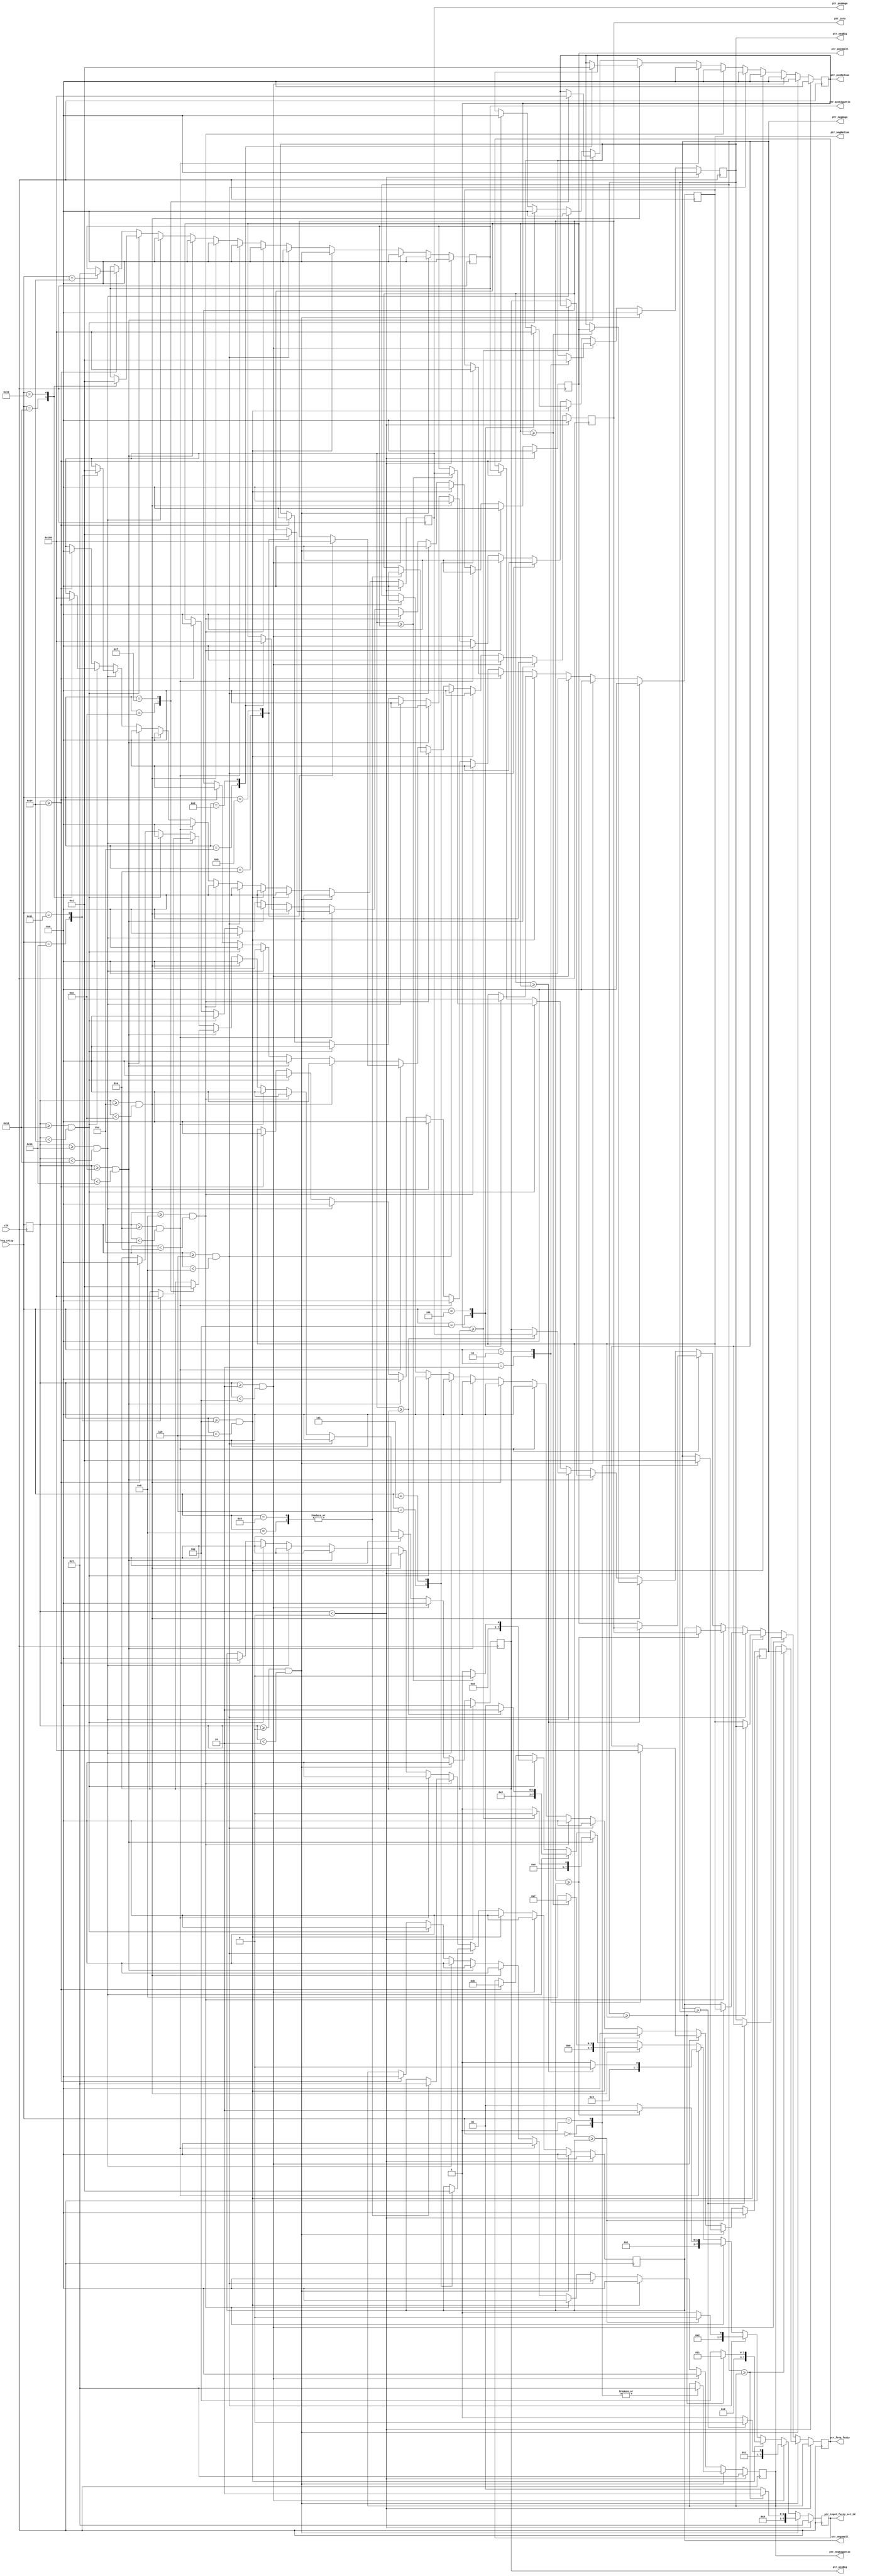
`timescale 1ns / 1ps
//////////////////////////////////////////////////////////////////////////////////
//////////////////////////////////////////////////////////////////////////////////


`timescale 1ns / 1ps
//////////////////////////////////////////////////////////////////////////////////
// Original Create Date: 06/25/2019 06:38:27 AM
// Module:  Fuzzification.v
//////////////////////////////////////////////////////////////////////////////////

/* 
Variables that represent membership function are of the following form:
Input fuzzy set membership function: memi_<fuzzy_set>
Ouptut fuzzy set memebership funciton: memo_<fuzzy_set>

Integer Code		Representation		Fuzzy Sets

 [1]		negGigantic:			Negative Gigantic
 [2]		negHuge:				Negative Huge
 [3]		negBig:					Negative Big
 [4]		negMedium:				Negative Medium
 [5]		negSmall:				Legative Small
 [6]		zero:					Zero
 [7]		posSmall:				Positive Small
 [8]		posMedium:				Positive Medium
 [9]		posBig:					Positive Big
 [10]		posHuge:				Positive Huge
 [11]		posGigantic:			Positive Gigantic
 
 */

module fuzzification(
    input clk,
    input [7:0] freq_crisp, 
    output [7:0] ptr_freq_fuzzy, 
    output [7:0] ptr_input_fuzzy_set_id, 
    output [7:0] ptr_negGigantic, 
    output [7:0] ptr_negHuge, 
    output [7:0] ptr_negBig, 
    output [7:0] ptr_negMedium, 
    output [7:0] ptr_negSmall, 
	output [7:0] ptr_zero, 
	output [7:0] ptr_posSmall, 
	output [7:0] ptr_posMedium, 
	output [7:0] ptr_posBig, 
	output [7:0] ptr_posHuge, 
	output [7:0] ptr_posGigantic 
    );
    
    reg [7:0] int_freq_fuzzy;
    reg [7:0] int_input_fuzzy_set_id; 
    reg [7:0] int_negGigantic;
    reg [7:0] int_negHuge; 
    reg [7:0] int_negBig;
    reg [7:0] int_negMedium; 
    reg [7:0] int_negSmall; 
	reg [7:0] int_zero; 
	reg [7:0] int_posSmall; 
	reg [7:0] int_posMedium; 
	reg [7:0] int_posBig; 
	reg [7:0] int_posHuge; 
	reg [7:0] int_posGigantic; 
    
    
    parameter zero_ebit =     8'b00000000;
    parameter one_ebit =      8'b00000001;
    parameter two_ebit =      8'b00000010;
    parameter three_ebit =    8'b00000011;
    parameter four_ebit =     8'b00000100;
    parameter five_ebit =     8'b00000101;
    parameter six_ebit =      8'b00000110;
    parameter seven_ebit =    8'b00000111;
    parameter eight_ebit =    8'b00001000;
    parameter nine_ebit =     8'b00001001;
    parameter ten_ebit =      8'b00001010;
    parameter eleven_ebit =   8'b00001011;
    parameter twelve_ebit =   8'b00001100;
    parameter thirteen_ebit = 8'b00001101;
    parameter fourteen_ebit = 8'b00001110;
    parameter fifteen_ebit =  8'b00001111;
    parameter sixteen_ebit =  8'b00010000;
    parameter seventeen_ebit =8'b00010001;
    parameter eighteen_ebit = 8'b00010010;
    parameter nineteen_ebit = 8'b00010011;
    parameter twenty_ebit =   8'b00010100;
    
    /* Internal register to hold the crisp value of frequency  */
    reg [7:0] int_freq_crisp;
    
    always@ (posedge clk) begin
        int_freq_crisp <= freq_crisp;
        
        if (int_freq_crisp < zero_ebit) begin
            int_negGigantic <= one_ebit;
            
            /* Identifying the selected fuzzy set */
            int_input_fuzzy_set_id <= one_ebit;
            
            /* The input to rule base is calculated with MAX rule, direct assignment works as only one value exists */
            int_freq_fuzzy <= int_negGigantic;
            
            /* Set everything else to zero */
            int_negHuge <=     8'b00000000;
		    int_negBig <=      8'b00000000;
		    int_negMedium <=   8'b00000000;
		    int_negSmall <=    8'b00000000;
		    int_zero <=        8'b00000000;
		    int_posSmall <=    8'b00000000;
		    int_posMedium <=   8'b00000000;
		    int_posBig <=      8'b00000000;
		    int_posHuge <=     8'b00000000;
		    int_posGigantic <= 8'b00000000;
		    
            
        end else if ((int_freq_crisp >= zero_ebit) && (int_freq_crisp < two_ebit)) begin
            //int_negHuge <= freq_crisp  /* / two_ebit */;
            //int_negGigantic <= (two_ebit - int_freq_crisp) /* / two_ebit */;
            /* Instead of a division algorithm, a division by 2 LUT is created below. */
            case (freq_crisp)
                zero_ebit: begin
                                int_negHuge <= zero_ebit;       /*   0   / 2 = 0 */
                                int_negGigantic <= one_ebit;    /* (2-0) / 2 = 1 */
                           end
                one_ebit:  begin
                                int_negHuge <= one_ebit;     /* 1 / 2 = 1 */
                                int_negGigantic <= one_ebit;    /* (2-1) / 2 = 1 */
                           end
            endcase
            
            if (int_negHuge >= int_negGigantic) begin
                int_freq_fuzzy <= int_negHuge;
                int_input_fuzzy_set_id <= two_ebit;
            end else begin
                int_freq_fuzzy <= int_negGigantic;
                int_input_fuzzy_set_id <= one_ebit;
            end
            
            /* Set everything else to zero */
            int_negBig <=      8'b00000000;
		    int_negMedium <=   8'b00000000;
		    int_negSmall <=    8'b00000000;
		    int_zero <=        8'b00000000;
		    int_posSmall <=    8'b00000000;
		    int_posMedium <=   8'b00000000;
		    int_posBig <=      8'b00000000;
		    int_posHuge <=     8'b00000000;
		    int_posGigantic <= 8'b00000000;
		    
        end else if ((int_freq_crisp >= two_ebit) && (int_freq_crisp < four_ebit)) begin
            case (freq_crisp)
                two_ebit: begin
                                    /* int_negHuge <= (four_ebit - int_freq_crisp) / two_ebit ; */
                                    int_negHuge <= one_ebit;       /*   (4 - 2)  / 2 = 1 */
                                    
                                    /* int_negBig <=  (int_freq_crisp - two_ebit) / two_ebit ; */
                                    int_negBig <= zero_ebit;    /* (2 - 2) / 2 = 0 */
                           end
                three_ebit:  begin
                                    /* int_negHuge <= (four_ebit - int_freq_crisp) / two_ebit ; */
                                    int_negHuge <= zero_ebit;       /*   (4 - 3)  / 2 = 1 */
                                    
                                    /* int_negBig <=  (int_freq_crisp - two_ebit) / two_ebit ; */
                                    int_negBig <= one_ebit;    /* (3 - 2) / 2 = 0 */
                           end
            endcase
            
            if (int_negHuge >= int_negBig) begin
                int_freq_fuzzy <= int_negHuge;
                int_input_fuzzy_set_id <= two_ebit;
            end else begin
                int_freq_fuzzy <= int_negBig;
                int_input_fuzzy_set_id <= three_ebit;
            end
            
            /* Set everything else to zero */ 
            int_negGigantic <= 8'b00000000;
		    int_negMedium <=   8'b00000000;
		    int_negSmall <=    8'b00000000;
		    int_zero <=        8'b00000000;
		    int_posSmall <=    8'b00000000;
		    int_posMedium <=   8'b00000000;
		    int_posBig <=      8'b00000000;
		    int_posHuge <=     8'b00000000;
		    int_posGigantic <= 8'b00000000;
            
        end else if ((int_freq_crisp >= four_ebit) && (int_freq_crisp < six_ebit)) begin
        
            case (freq_crisp)
                four_ebit: begin
                                    /* int_negBig <= (six_ebit - int_freq_crisp) / two_ebit; */
                                    int_negBig <= one_ebit;       /*   (6 - 4)  / 2 = 1 (44 Hz should be negative big with 1 membership value) */
                                    
                                    /* int_negMedium <= (int_freq_crisp - 4) / two_ebit; */
                                    int_negMedium <= zero_ebit;    /* (4 - 2) / 2 = 1  (44 Hz should be negative medium with 0 membership value) */
                           end
                five_ebit:  begin
                                    /* int_negBig <= (six_ebit - int_freq_crisp) / two_ebit; */
                                    int_negBig <= zero_ebit;       /*   (6 - 5)  / 2 = 0.5 (45 Hz should be negative Big with 0 membership value) */
                                    
                                    /* int_negMedium <= (int_freq_crisp - 4) / two_ebit; */
                                    int_negMedium <= one_ebit;    /* (5 - 4) / 2 = 0.5 (44 Hz should be negative medium with 1 membership value) */
                           end
            endcase
            
            /* Selecting the maximum value */
            if (int_negBig >= int_negMedium) begin
                int_freq_fuzzy <= int_negBig;
                int_input_fuzzy_set_id <= three_ebit;
            end else begin
                int_freq_fuzzy <= int_negMedium;
                int_input_fuzzy_set_id <= four_ebit;
            end
            
            /* Set everything else to zero */
		    int_negGigantic <= 8'b00000000;
		    int_negHuge <=     8'b00000000;
		    int_negSmall <=    8'b00000000;
		    int_zero <=        8'b00000000;
		    int_posSmall <=    8'b00000000;
		    int_posMedium <=   8'b00000000;
		    int_posBig <=      8'b00000000;
		    int_posHuge <=     8'b00000000;
		    int_posGigantic <= 8'b00000000;
            
        end else if ((int_freq_crisp >= six_ebit) && (int_freq_crisp < eight_ebit)) begin
            
            case (freq_crisp)
                six_ebit: begin
                                    /* int_negMedium <= (six_ebit - int_freq_crisp) / two_ebit; */
                                    int_negMedium <= one_ebit;       /*   (6 - 6)  / 2 = 1 (46 Hz should be negative medium with 1 membership value) */
                                    
                                    /* int_negSmall <= (int_freq_crisp - six_ebit) / two_ebit; */
                                    int_negSmall <= zero_ebit;    /* (4 - 2) / 2 = 1  (46 Hz should be negative Small with 0 membership value) */
                           end
                seven_ebit:  begin
                                    /* int_negMedium <= (six_ebit - int_freq_crisp) / two_ebit; */
                                    int_negMedium <= zero_ebit;       /*   (6 - 7)  / 2 = 1 (47 Hz should be negative big with 0 membership value) */
                                    
                                    /* int_negSmall <= (int_freq_crisp - six_ebit) / two_ebit; */
                                    int_negSmall <= one_ebit;    /* (7 - 6) / 2 = 1  (47 Hz should be negative medium with 1 membership value) */
                           end
            endcase
        
            /* Selecting the maximum value */
		    if (int_negMedium >= int_negSmall) begin
			     int_freq_fuzzy <= int_negMedium;
			     int_input_fuzzy_set_id <= four_ebit;
		    end else begin
			     int_freq_fuzzy <= int_negSmall;
			     int_input_fuzzy_set_id <= five_ebit;
		    end


		    /* Set everything else to zero */
		    int_negGigantic <= 8'b00000000;
		    int_negHuge <=     8'b00000000;
		    int_negBig <=      8'b00000000;
		    int_zero <=        8'b00000000;
		    int_posSmall <=    8'b00000000;
		    int_posMedium <=   8'b00000000;
		    int_posBig <=      8'b00000000;
		    int_posHuge <=     8'b00000000;
	       	int_posGigantic <= 8'b00000000;
	       	
        end else if ((int_freq_crisp >= eight_ebit) && (int_freq_crisp < ten_ebit)) begin
            
            case (freq_crisp)
                eight_ebit: begin
                                    /* int_zero <= (int_freq_crisp - eight_ebit) / two_ebit; */
                                    int_zero <= zero_ebit;       /*   (8 - 8)  / 2 = 0 (48 Hz should be zero with 0 membership value) */
                                    
                                    /* int_negSmall <= (ten_ebit - int_freq_crisp) / two_ebit; */
                                    int_negSmall <= one_ebit;    /* (10 - 8) / 2 = 1  (48 Hz should be negative Small with 1 membership value) */
                           end
                nine_ebit:  begin
                                    /* int_zero <= (int_freq_crisp - eight_ebit) / two_ebit; */
                                    int_zero <= zero_ebit;       /*   (9 - 8)  / 2 = 1 (49 Hz should be negative medium with 0 membership value) */
                                    
                                    /* int_negSmall <= (ten_ebit - int_freq_crisp) / two_ebit; */
                                    int_negSmall <= one_ebit;    /* (10 - 9) / 2 = 1  (49 Hz should be negative Small with 0.5 membership value) */
                           end
            endcase
            
		    /* Selecting the maximum value */
		    if (int_zero >= int_negSmall) begin
			     int_freq_fuzzy <= int_zero;
			     int_input_fuzzy_set_id <= six_ebit;
		    end else begin
			     int_freq_fuzzy <= int_negSmall;
			     int_input_fuzzy_set_id <= five_ebit;
		    end


		    /* Set everything else to zero */
		    int_negGigantic <= 8'b00000000;
		    int_negHuge <=     8'b00000000;
		    int_negBig <=      8'b00000000;
		    int_negMedium <=   8'b00000000;
		    int_posSmall <=    8'b00000000;
		    int_posMedium <=   8'b00000000;
		    int_posBig <=      8'b00000000;
		    int_posHuge <=     8'b00000000;
		    int_posGigantic <= 8'b00000000;
		    
        end else if ((int_freq_crisp >= ten_ebit) && (int_freq_crisp < twelve_ebit)) begin
            
            case (freq_crisp)
                ten_ebit: begin
                                    /* int_zero <= (twelve_ebit - int_freq_crisp) / two_ebit; */
                                    int_zero <= one_ebit;       /*   (12 - 10)  / 2 = 1 (50 Hz should be zero with 1 membership value) */
                                    
                                    /* int_posSmall <= (int_freq_crisp - ten_ebit) / two_ebit; */
                                    int_posSmall <= zero_ebit;    /* (10 - 10) / 2 = 0  (50 Hz should be positive Small with 0 membership value) */
                           end
                eleven_ebit:  begin
                                    /* int_zero <= (twelve_ebit - int_freq_crisp) / two_ebit; */
                                    int_zero <= zero_ebit;       /*   (12 - 11)  / 2 = 0 (51 Hz should be zero with 0 membership value) */
                                    
                                    /* int_posSmall <= (int_freq_crisp - ten_ebit) / two_ebit; */
                                    int_posSmall <= one_ebit;    /* (11 - 10) / 2 = 1  (51 Hz should be positive Small with 1 membership value) */
                           end
            endcase
        
		    /* Selecting the maximum value */
		    if (int_zero >= int_posSmall) begin
			     int_freq_fuzzy <= int_zero;
			     int_input_fuzzy_set_id <= six_ebit;
		    end else begin
			     int_freq_fuzzy <= int_posSmall;
			     int_input_fuzzy_set_id <= seven_ebit;
		    end


		    /* Set everything else to zero */
		    int_negGigantic <= 8'b00000000;
		    int_negHuge <=     8'b00000000;
		    int_negBig <=      8'b00000000;
	        int_negMedium <=   8'b00000000;
		    int_negSmall <=    8'b00000000;
		    int_posMedium <=   8'b00000000;
            int_posBig <=      8'b00000000;
		    int_posHuge <=     8'b00000000;
		    int_posGigantic <= 8'b00000000;
		    
        end else if ((int_freq_crisp >= twelve_ebit) && (int_freq_crisp < fourteen_ebit)) begin
            
            case (freq_crisp)
                twelve_ebit: begin
                                    /* int_posMedium <= (int_freq_crisp - twelve_ebit) / two_ebit; */
                                    int_posMedium <= zero_ebit;       /*   (12 - 12)  / 2 = 0 (52 Hz should be positive medium with 0 membership value) */
                                    
                                    /* int_posSmall <= (fourteen_ebit - int_freq_crisp) / two_ebit; */
                                    int_posSmall <= one_ebit;    /* (14 - 12) / 2 = 1  (52 Hz should be positive Small with 1 membership value) */
                           end
                thirteen_ebit:  begin
                                    /* int_posMedium <= (int_freq_crisp - twelve_ebit) / two_ebit; */
                                    int_posMedium <= one_ebit;       /*   (13 - 12)  / 2 = 1 (53 Hz should be positive medium with 1 membership value) */
                                    
                                    /* int_posSmall <= (fourteen_ebit - int_freq_crisp) / two_ebit; */
                                    int_posSmall <= zero_ebit;    /* (14 - 13) / 2 = 0  (53 Hz should be positive Small with 0 membership value) */
                           end
            endcase
        
		    /* Selecting the maximum value */
		    if (int_posSmall >= int_posMedium) begin
			     int_freq_fuzzy <= int_posSmall;
			     int_input_fuzzy_set_id <= seven_ebit;
		    end else begin
			     int_freq_fuzzy <= int_posMedium;
			     int_input_fuzzy_set_id <= eight_ebit;
		    end


		    /* Set everything else to zero */
		    int_negGigantic <= 8'b00000000;
		    int_negHuge <=     8'b00000000;
		    int_negBig <=      8'b00000000;
		    int_negMedium <=   8'b00000000;
		    int_negSmall <=    8'b00000000;
		    int_zero <=        8'b00000000;
		    int_posBig <=      8'b00000000;
	        int_posHuge <=     8'b00000000;
            int_posGigantic <= 8'b00000000;
		    
        end else if ((int_freq_crisp >= fourteen_ebit) && (int_freq_crisp < sixteen_ebit)) begin
        
            case (freq_crisp)
                fourteen_ebit: begin
                                    /* int_posMedium <= (sixteen_ebit - int_freq_crisp) / two_ebit; */
                                    int_posMedium <= one_ebit;       /*   (16 - 14)  / 2 = 1 (54 Hz should be positive medium with 1 membership value) */
                                    
                                    /* int_posBig <= (int_freq_crisp - fourteen_ebit)   / two_ebit; */
                                    int_posBig <= zero_ebit;    /* (14 - 14) / 2 = 0  (54 Hz should be positive big with 0 membership value) */
                           end
                fifteen_ebit:  begin
                                    /* int_posMedium <= (sixteen_ebit - int_freq_crisp) / two_ebit; */
                                    int_posMedium <= zero_ebit;       /*   (16 - 15)  / 2 = 0 (55 Hz should be positive medium with 0 membership value) */
                                    
                                    /* int_posBig <= (int_freq_crisp - fourteen_ebit)   / two_ebit; */
                                    int_posBig <= one_ebit;    /* (15 - 14) / 2 = 1  (55 Hz should be positive big with 1 membership value) */
                           end
            endcase
        
		    /* Selecting the maximum value */
		    if (int_posMedium >= int_posBig) begin
			     int_freq_fuzzy <= int_posMedium;
			     int_input_fuzzy_set_id <= eight_ebit;
		    end else begin
			     int_freq_fuzzy <= int_posBig;
			     int_input_fuzzy_set_id <= nine_ebit;
		    end


		    /* Set everything else to zero */
		    int_negGigantic <= 8'b00000000;
            int_negHuge <=     8'b00000000;
            int_negBig <=      8'b00000000;
            int_negMedium <=   8'b00000000;
            int_negSmall <=    8'b00000000;
            int_zero <=        8'b00000000;
            int_posSmall <=    8'b00000000;
            int_posHuge <=     8'b00000000;
            int_posGigantic <= 8'b00000000;
		    
        end else if ((int_freq_crisp >= sixteen_ebit) && (int_freq_crisp < eighteen_ebit)) begin
            
            case (freq_crisp)
                sixteen_ebit: begin
                                    /* int_posMedium <= (sixteen_ebit - int_freq_crisp) / two_ebit; */
                                    int_posHuge <= zero_ebit;       /*   (16 - 14)  / 2 = 1 (56 Hz should be positive Huge with 0 membership value) */
                                    
                                    /* int_posBig <= (int_freq_crisp - fourteen_ebit)   / two_ebit; */
                                    int_posBig <= one_ebit;    /* (16 - 14) / 2 = 1  (56 Hz should be positive big with 1 membership value) */
                           end
                seventeen_ebit:  begin
                                    /* int_posMedium <= (sixteen_ebit - int_freq_crisp) / two_ebit; */
                                    int_posHuge <= one_ebit;       /*   (16 - 15)  / 2 = 0 (55 Hz should be positive medium with 0 membership value) */
                                    
                                    /* int_posBig <= (int_freq_crisp - fourteen_ebit)   / two_ebit; */
                                    int_posBig <= zero_ebit;    /* (15 - 14) / 2 = 1  (55 Hz should be positive big with 1 membership value) */
                           end
            endcase

		    /* Selecting the maximum value */
		    if (int_posHuge >= int_posBig) begin
			     int_freq_fuzzy <= int_posHuge;
			     int_input_fuzzy_set_id <= ten_ebit;
		    end else begin
			     int_freq_fuzzy <= int_posBig;
			     int_input_fuzzy_set_id <= nine_ebit;
		    end


		    /* Set everything else to zero */
		    int_negGigantic <= 8'b00000000;
            int_negHuge <=     8'b00000000;
            int_negBig <=      8'b00000000;
            int_negMedium <=   8'b00000000;
            int_negSmall <=    8'b00000000;
            int_zero <=        8'b00000000;
            int_posSmall <=    8'b00000000;
            int_posMedium <=   8'b00000000;
            int_posGigantic <= 8'b00000000;
		    
        end else if ((int_freq_crisp >= eighteen_ebit) && (int_freq_crisp < twenty_ebit)) begin
        
            case (freq_crisp)
                eighteen_ebit: begin
                                    /* int_posMedium <= (sixteen_ebit - int_freq_crisp) / two_ebit; */
                                    int_posHuge <= one_ebit;       /*   (18 - 16)  / 2 = 1 (58 Hz should be positive Huge with 1 membership value) */
                                    
                                    /* int_posBig <= (int_freq_crisp - fourteen_ebit)   / two_ebit; */
                                    int_posGigantic <= zero_ebit;    /* (18 - 16) / 2 = 1  (58 Hz should be positive Gigantic with 0 membership value) */
                           end
                nineteen_ebit:  begin
                                    /* int_posMedium <= (sixteen_ebit - int_freq_crisp) / two_ebit; */
                                    int_posHuge <= zero_ebit;       /*   (16 - 15)  / 2 = 0 (55 Hz should be positive medium with 0 membership value) */
                                    
                                    /* int_posBig <= (int_freq_crisp - fourteen_ebit)   / two_ebit; */
                                    int_posGigantic <= one_ebit;    /* (15 - 14) / 2 = 1  (55 Hz should be positive big with 1 membership value) */
                           end
            endcase

		    /* Selecting the maximum value */
		    if (int_posHuge >= int_posGigantic) begin
			     int_freq_fuzzy <= int_posHuge;
			     int_input_fuzzy_set_id <= ten_ebit;
		    end else begin
			     int_freq_fuzzy <= int_posGigantic;
			     int_input_fuzzy_set_id <= eleven_ebit;
		    end


		    /* Set everything else to zero */
		    int_negGigantic <= 8'b00000000;
            int_negHuge <=     8'b00000000;
            int_negBig <=      8'b00000000;
            int_negMedium <=   8'b00000000;
            int_negSmall <=    8'b00000000;
            int_zero <=        8'b00000000;
            int_posSmall <=    8'b00000000;
            int_posMedium <=   8'b00000000;
            int_posBig <= 8'b00000000;
            
        end else if (int_freq_crisp >= twenty_ebit) begin
            
            case (freq_crisp)
                twenty_ebit: begin
                                    /* int_posGigantic <= (int_freq_crisp - eighteen_ebit)   / two_ebit; */
                                    int_posGigantic <= one_ebit;    /* (20 - 18) / 2 = 1  (60 Hz should be positive Gigantic with 1 membership value) */
                           end
            endcase

		    /* Selecting the maximum value */
		    int_freq_fuzzy <= int_posGigantic;
		    int_input_fuzzy_set_id <= eleven_ebit;

		    /* Set everything else to zero */
		    int_negGigantic <= 8'b00000000;
            int_negHuge <=     8'b00000000;
            int_negBig <=      8'b00000000;
            int_negMedium <=   8'b00000000;
            int_negSmall <=    8'b00000000;
            int_zero <=        8'b00000000;
            int_posSmall <=    8'b00000000;
            int_posMedium <=   8'b00000000;
            int_posBig <=      8'b00000000;
            int_posHuge <=     8'b00000000;
            
        end        
    end /* always end */
    
    assign ptr_freq_fuzzy = int_freq_fuzzy; 
    assign ptr_input_fuzzy_set_id = int_input_fuzzy_set_id; 
    assign ptr_negGigantic = int_negGigantic; 
    assign ptr_negHuge = int_negHuge; 
    assign ptr_negBig = int_negBig; 
    assign ptr_negMedium = int_negMedium; 
    assign ptr_negSmall = int_negSmall;
	assign ptr_zero = int_zero; 
	assign ptr_posSmall = int_posSmall; 
	assign ptr_posMedium = int_posMedium;
	assign ptr_posBig = int_posBig; 
	assign ptr_posHuge = int_posHuge; 
	assign ptr_posGigantic = int_posGigantic;
endmodule